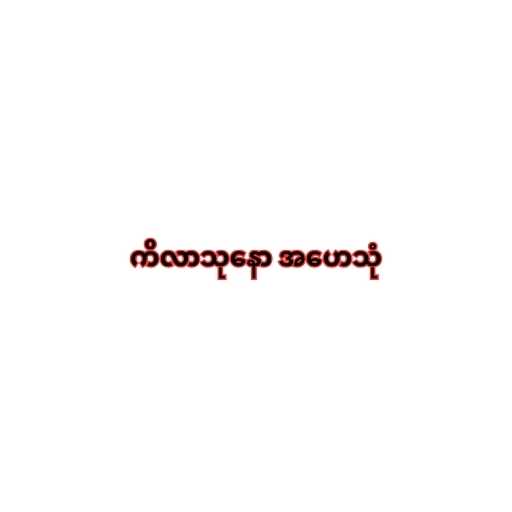
ကိလာသုနော အဟေသုံ